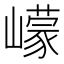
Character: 㠓